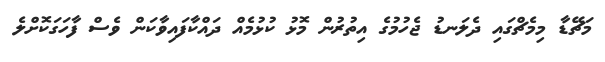
މަޗޭޑާ މިމެޗްގައި ދެލަނޑު ޖެހުމުގެ އިތުރުން މޮޅު ކުޅުމެއް ދައްކާފައިވާކަން ވެސް ފާހަގަކޮށްލެ